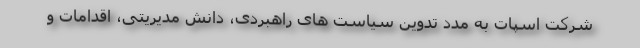
شرکت اسپات به مدد تدوین سیاست های راهبردی، دانش مدیریتی، اقدامات و